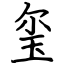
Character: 玺